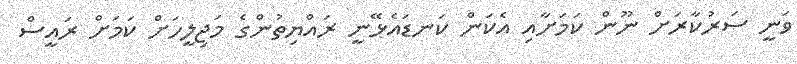
ވަނީ ސަރުކާރަށް ނޫން ކަމަށާއި އެކަން ކަނޑައެޅޭނީ ރައްޔިތުންގެ މަޖިލީހަށް ކަމަށް ރައީސް